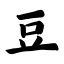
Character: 豆